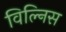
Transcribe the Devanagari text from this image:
विल्निस